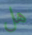
هل